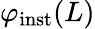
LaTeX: \varphi_{\mathrm{inst}}(L)